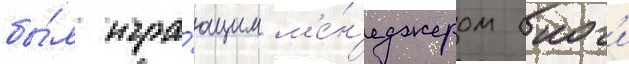
бы́л игра́ющим м'е́н'еджером (иог'и